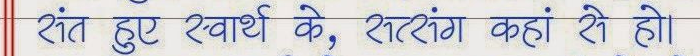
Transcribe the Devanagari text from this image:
संत हुए स्वार्थ के, सत्संग कहां से हो